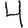
Digit: 4